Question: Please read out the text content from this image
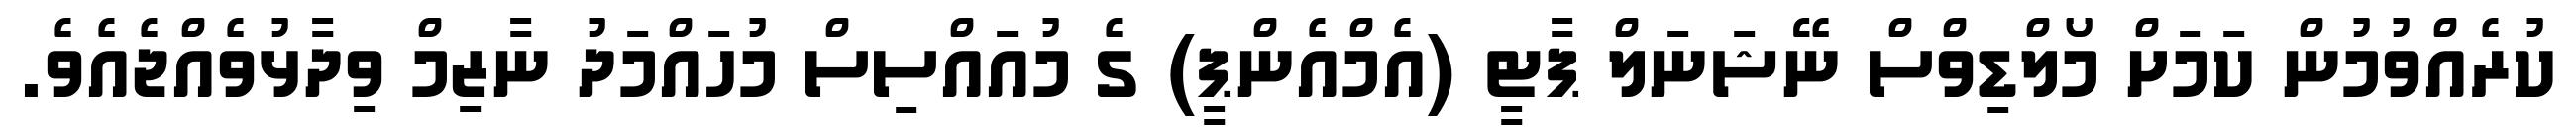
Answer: ކުރެއްވުމުން ކަމަށް މޯލްޑިވްސް ނޭޝަނަލް ޕާޓީ (އެމްއެންޕީ) ގެ މުއައްސިސް މުހައްމަދު ނާޒިމް ވިދާޅުވެއްޖެއެވެ.